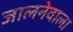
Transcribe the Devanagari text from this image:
जालनेवाला